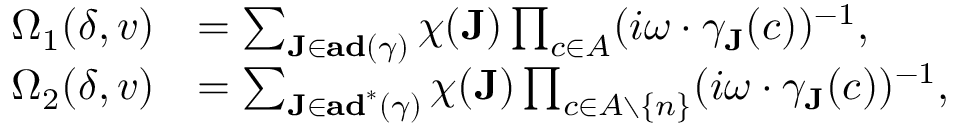
\begin{array} { r l } { \Omega _ { 1 } ( \delta , v ) } & { = \sum _ { \mathbf { J } \in \operatorname { \mathbf { a d } } ( \gamma ) } \chi ( \mathbf { J } ) \prod _ { c \in A } ( i \omega \cdot \gamma _ { \mathbf { J } } ( c ) ) ^ { - 1 } , } \\ { \Omega _ { 2 } ( \delta , v ) } & { = \sum _ { \mathbf { J } \in \operatorname { \mathbf { a d } } ^ { * } ( \gamma ) } \chi ( \mathbf { J } ) \prod _ { c \in A \setminus \{ n \} } ( i \omega \cdot \gamma _ { \mathbf { J } } ( c ) ) ^ { - 1 } , } \end{array}